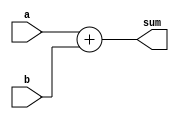
//                              -*- Mode: Verilog -*-
// Description     : Simple combinational example

// Dataflow style of modeling.
// Changes in inputs a, b trigger evaluation of output sum

module adder (
	      // Outputs
	      sum, 
	      // Inputs
	      a, b
	      ) ;
   input  [7:0] a, b;
   output [7:0] sum;
   
   assign 	sum = a + b;
   
endmodule // adder